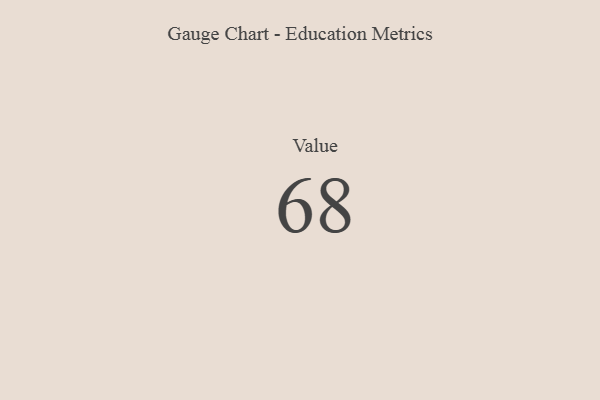
{"axis": {"x": "Metric", "y": "Value"}, "legend": [""], "data": [{"x": "Value", "y": 68, "type": ""}]}